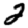
Digit: 2